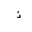
Letter: _thal